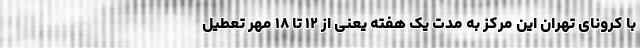
با کرونای تهران این‌ مرکز به مدت یک هفته یعنی از ۱۲ تا ۱۸ مهر تعطیل